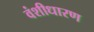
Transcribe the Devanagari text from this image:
वंशीधारण